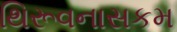
થિરૂવનાસકમ